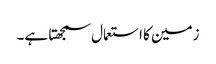
زمین کا استعمال سمجھتا ہے۔